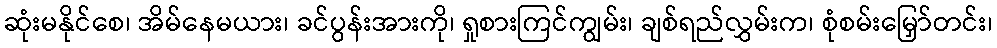
ဆုံးမနိုင်စေ၊ အိမ်နေမယား၊ ခင်ပွန်းအားကို၊ ရှုစားကြင်ကျွမ်း၊ ချစ်ရည်လွှမ်းက၊ စုံစမ်းမြှော်တင်း၊